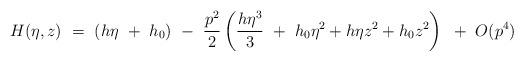
LaTeX: \begin{align*}H(\eta,z) ~=~ (h \eta ~+~ h_{0}) ~-~ \frac{p^{2}}{2} \left(\frac{h \eta^{3}}{3}~+~ h_{0} \eta^{2} + h \eta z^{2} + h_{0} z^{2}\right) ~+~ O(p^{4})\end{align*}